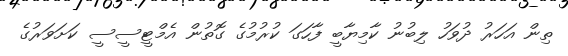
ތިން އަހަރު ދުވަހު ލިބުނު ކާމިޔާބީ ފާހަގަ ކުރުމުގެ ގޮތުން އެމްޓީސީސީ ކަށަވަރުގެ